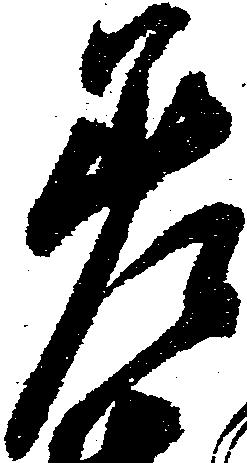
差